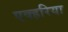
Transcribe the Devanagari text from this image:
एक्हरिया